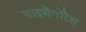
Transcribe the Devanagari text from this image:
पाइथैगोरैस